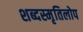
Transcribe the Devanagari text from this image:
शब्दस्मृतिलोप